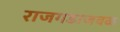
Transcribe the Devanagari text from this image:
राजगडाजवळ